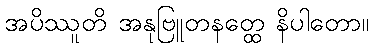
အပိဿူတိ အနုဗြူတနတ္ထေ နိပါတော။